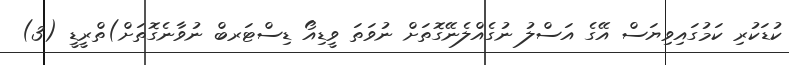
ކުޑަކުރި ކަމުގައިވިޔަސް އޭގެ އަސްލު ނުގެއްލެނޭގޮތަށް ނުވަތަ ވީޑިއޯ ޑިސްޓަރބް ނުވާނެގޮތަށް)ތްރީޑީ (3)